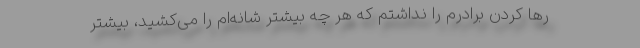
رها کردن برادرم را نداشتم که هر چه بیشتر شانه‌ام را می‌کشید، بیشتر